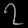
Digit: ၇